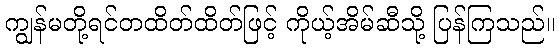
ကျွန်မတို့ရင်တထိတ်ထိတ်ဖြင့် ကိုယ့်အိမ်ဆီသို့ ပြန်ကြသည်။